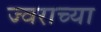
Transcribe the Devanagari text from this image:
ज्वराच्या